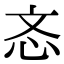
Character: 忞